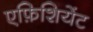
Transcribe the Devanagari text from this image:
एफ़िशियेंट